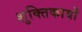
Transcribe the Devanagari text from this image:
शुक्तिकायों